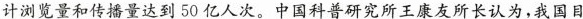
计浏览量和传播量达到50亿人次。中国科普研究所王康友所长认为，我国目